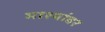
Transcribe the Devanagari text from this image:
माश्यांवर